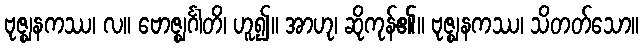
ဗုဇ္ဈနကဿ၊ လ။ ဗောဇ္ဈင်္ဂါတိ၊ ဟူ၍။ အာဟု၊ ဆိုကုန်၏။ ဗုဇ္ဈနကဿ၊ သိတတ်သော။